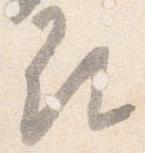
尋